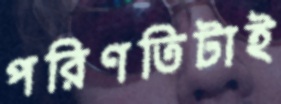
পরিণতিটাই